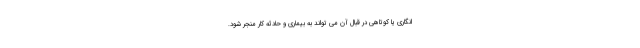
انگاری یا کوتاهی در قبال آن می تواند به بیماری و حادثه کار منجر شود.